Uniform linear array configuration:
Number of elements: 16
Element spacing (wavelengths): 0.75
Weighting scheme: kaiser
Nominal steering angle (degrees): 0
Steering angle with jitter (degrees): -1.392
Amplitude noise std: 0.05
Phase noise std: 0.05

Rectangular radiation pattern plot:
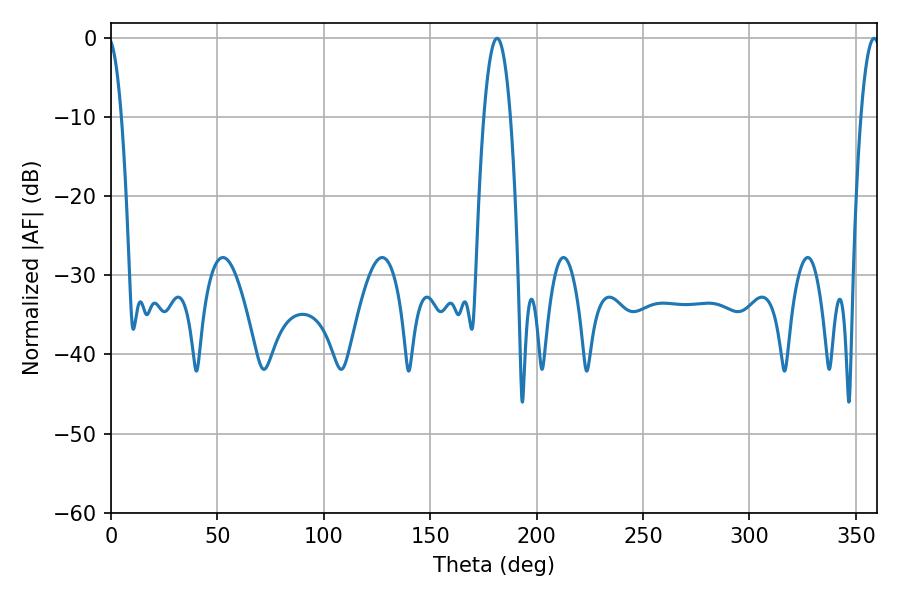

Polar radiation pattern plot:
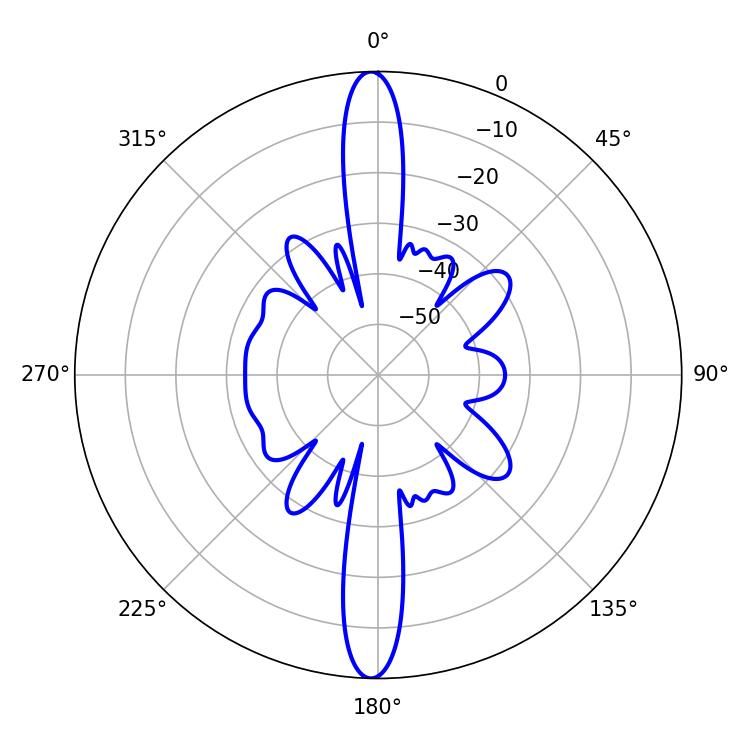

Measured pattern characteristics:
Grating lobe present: TRUE
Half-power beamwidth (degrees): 6.84
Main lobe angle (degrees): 181.44